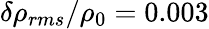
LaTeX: \delta\rho_{rms}/\rho_{0}=0.003